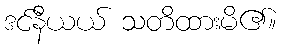
ဒင်နီယယ် သတိထားမိ၏။